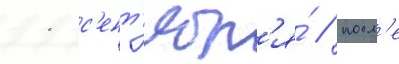
11 с'ент'ябр'я́ / посл'е